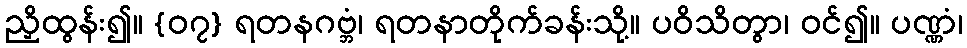
ညှိထွန်း၍။ {၀၇} ရတနဂဗ္ဘံ၊ ရတနာတိုက်ခန်းသို့။ ပဝိသိတွာ၊ ဝင်၍။ ပဏ္ဏံ၊